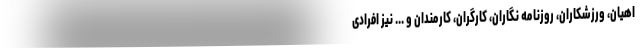
اهیان، ورزشکاران، روزنامه نگاران، کارگران، کارمندان و ... نیز افرادی